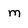
Character: m